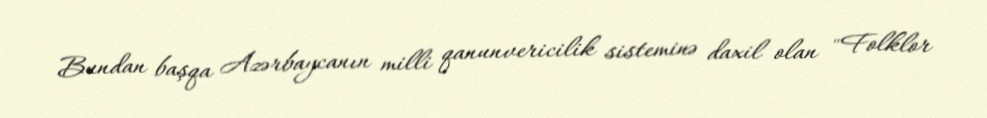
Bundan başqa Azərbaycanın milli qanunvericilik sisteminə daxil olan "Folklor